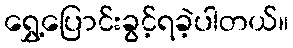
ရွှေ့ပြောင်းခွင့်ရခဲ့ပါတယ်။